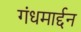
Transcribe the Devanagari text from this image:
गंधमार्द्दन